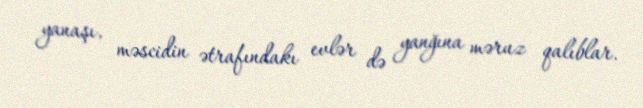
yanaşı, məscidin ətrafındakı evlər də yanğına məruz qalıblar.